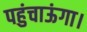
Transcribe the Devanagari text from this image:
पहुंचाऊंगा।